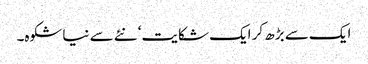
ایک سے بڑھ کر ایک شکایت‘ نئے سے نیا شکوہ۔